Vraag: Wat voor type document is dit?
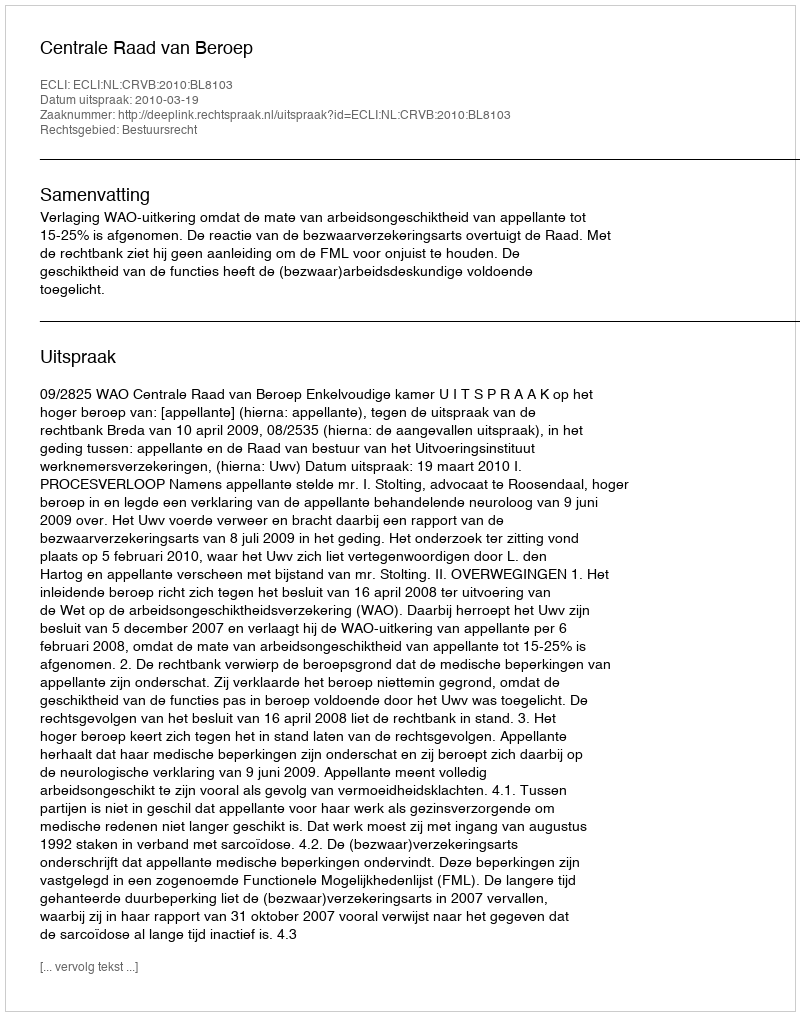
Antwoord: Uitspraak